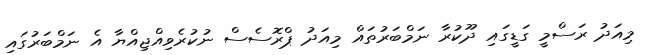
މިއަދު ރަސްމީ ގަޑީގައި ދޫކުރާ ނަމްބަރުތައް މިއަދު ޕްރޮސެސް ނުކުރެވިއްޖިއްޔާ އެ ނަމްބަރުގައި